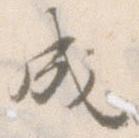
成